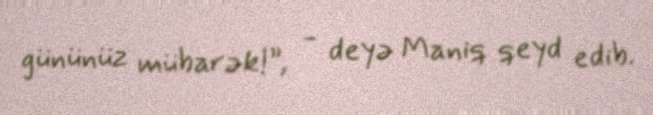
gününüz mübarək!”, - deyə Maniq qeyd edib.